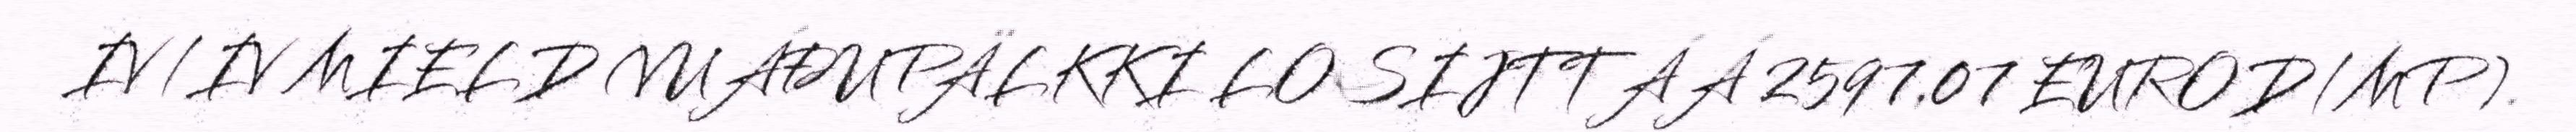
IV/IV MIELD (VUÁĐUPÄLKKI LOSIJTTÁÁ 2597,07 EUROD/MP).